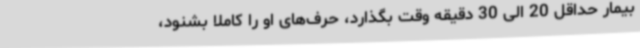
بیمار حداقل 20 الی 30 دقیقه وقت بگذارد، حرف‌های او را کاملا بشنود،